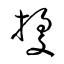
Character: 據